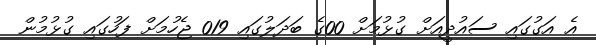
އެ އަގުގައި ސައުދީއަށް ގުޅުމަށް 00ގެ ބަދަލުގައި 019 ޖެހުމަށް ފަހުގައި ގުޅުމުން